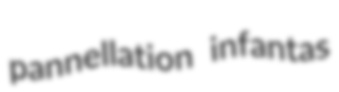
pannellation infantas